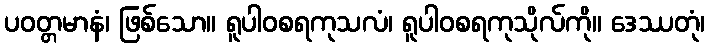
ပဝတ္တမာနံ၊ ဖြစ်သော။ ရူပါဝစရကုသလံ၊ ရူပါဝစရကုသိုလ်ကို။ ဒေဿတုံ၊